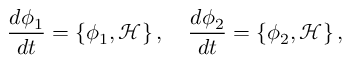
\frac { d \phi _ { 1 } } { d t } = \{ \phi _ { 1 } , { \mathcal H } \} \, , ~ ~ ~ \frac { d \phi _ { 2 } } { d t } = \{ \phi _ { 2 } , { \mathcal H } \} \, ,